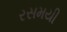
રસમયી